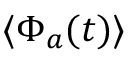
\langle \Phi _ { a } ( t ) \rangle